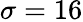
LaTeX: \sigma=16